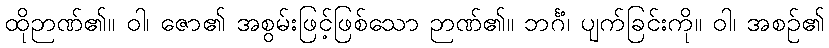
ထိုဉာဏ်၏။ ဝါ၊ ဇော၏ အစွမ်းဖြင့်ဖြစ်သော ဉာဏ်၏။ ဘင်္ဂံ၊ ပျက်ခြင်းကို။ ဝါ၊ အစဉ်၏